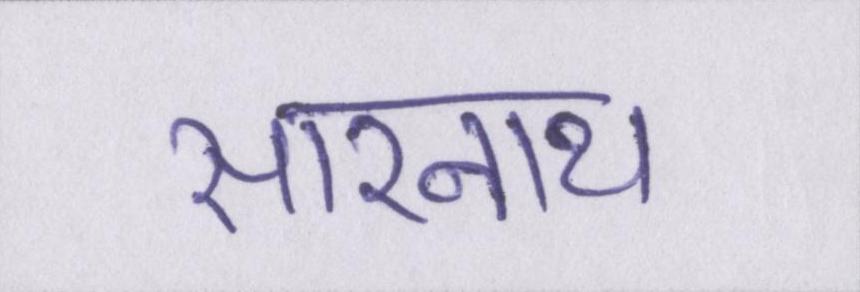
सारनाथ